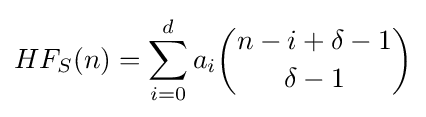
HF_{S}(n)=\sum _{i=0}^{d}a_{i}{\binom {n-i+\delta -1}{\delta -1}}